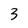
Character: 3